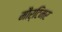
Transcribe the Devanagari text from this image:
मौर्टिमर